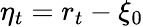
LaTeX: \eta_{t}=r_{t}-\xi_{0}